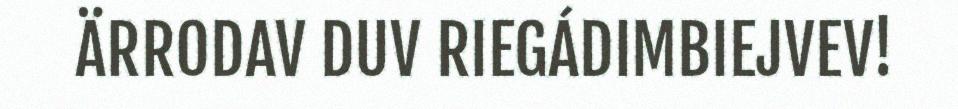
ÄRRODAV DUV RIEGÁDIMBIEJVEV!